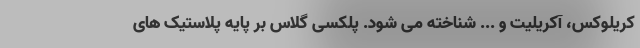
کریلوکس، آکریلیت و ... شناخته می شود. پلکسی گلاس بر پایه پلاستیک های